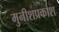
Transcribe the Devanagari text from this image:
मुनीशप्रकाश